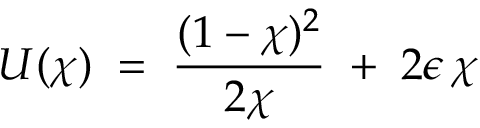
U ( \chi ) \; = \; \frac { ( 1 - \chi ) ^ { 2 } } { 2 \chi } \; + \; 2 \epsilon \, \chi